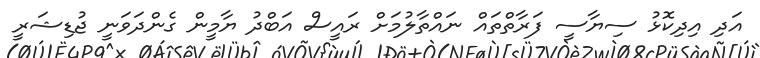
އަދި އިދިކޮޅު ސިޔާސީ ފަރާތްތައް ނައްތާލުމަށް ރައީސް އަބްދު ޔާމީން ގެންދަވަނީ ޖުޑިޝަރީ